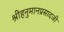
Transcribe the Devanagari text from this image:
श्रीहनुमानप्रसादजी